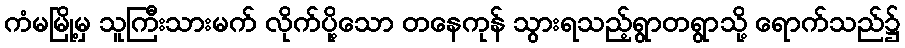
ကံမမြို့မှ သူကြီးသားမက် လိုက်ပို့သော တနေကုန် သွားရသည့်ရွာတရွာသို့ ရောက်သည်၌